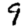
Digit: 9